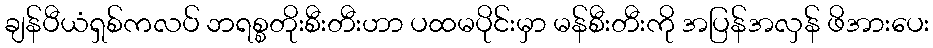
ချန်ပီယံရှစ်ကလပ် ဘရစ္စတိုးစီးတီးဟာ ပထမပိုင်းမှာ မန်စီးတီးကို အပြန်အလှန် ဖိအားပေး